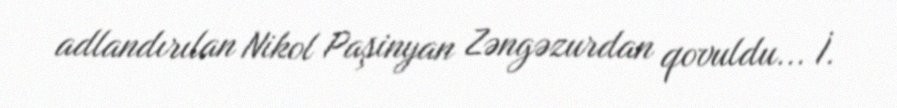
adlandırılan Nikol Paşinyan Zəngəzurdan qovuldu... İ.